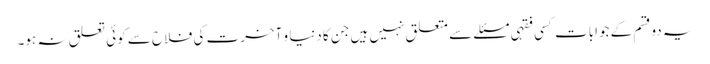
یہ دوقسم کے جوابات کسی فقہی مسئلے سے متعلق نہیں ہیں جن کا دنیا و آخرت کی فلاح سے کوئی تعلق نہ ہو۔